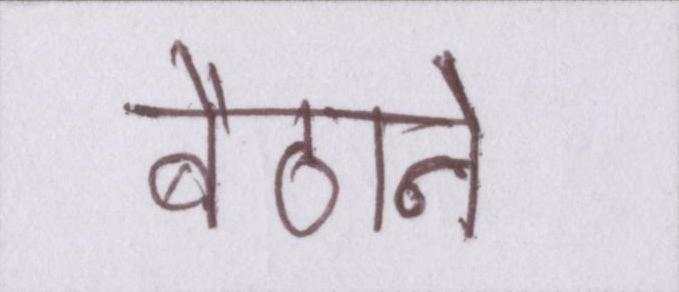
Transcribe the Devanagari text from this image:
बैठाने